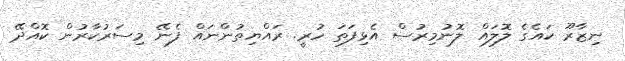
ނިޒާރޫ ކައެގެ ލޮލައް ލޮނުމިރުސް އެޅިފަތަ ހުރީ. ރައްޔިތުންނައް ފެނޭ މިސަރުކާރުން ކޮއްދޭ